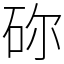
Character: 䂧